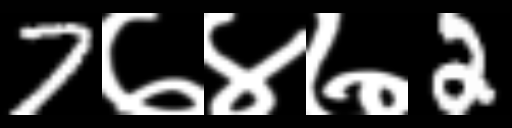
Text: 7७४७2